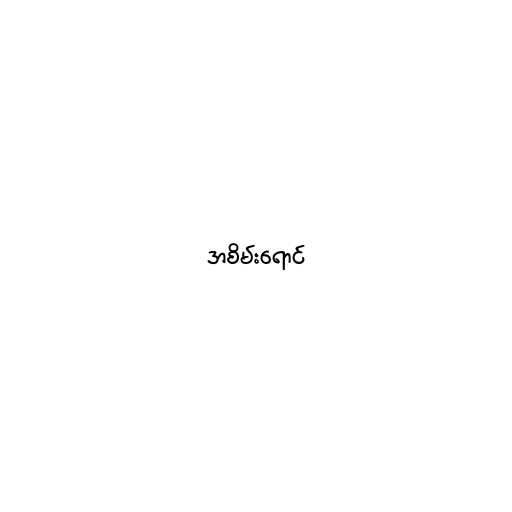
အစိမ်းရောင်